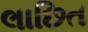
લાછિત